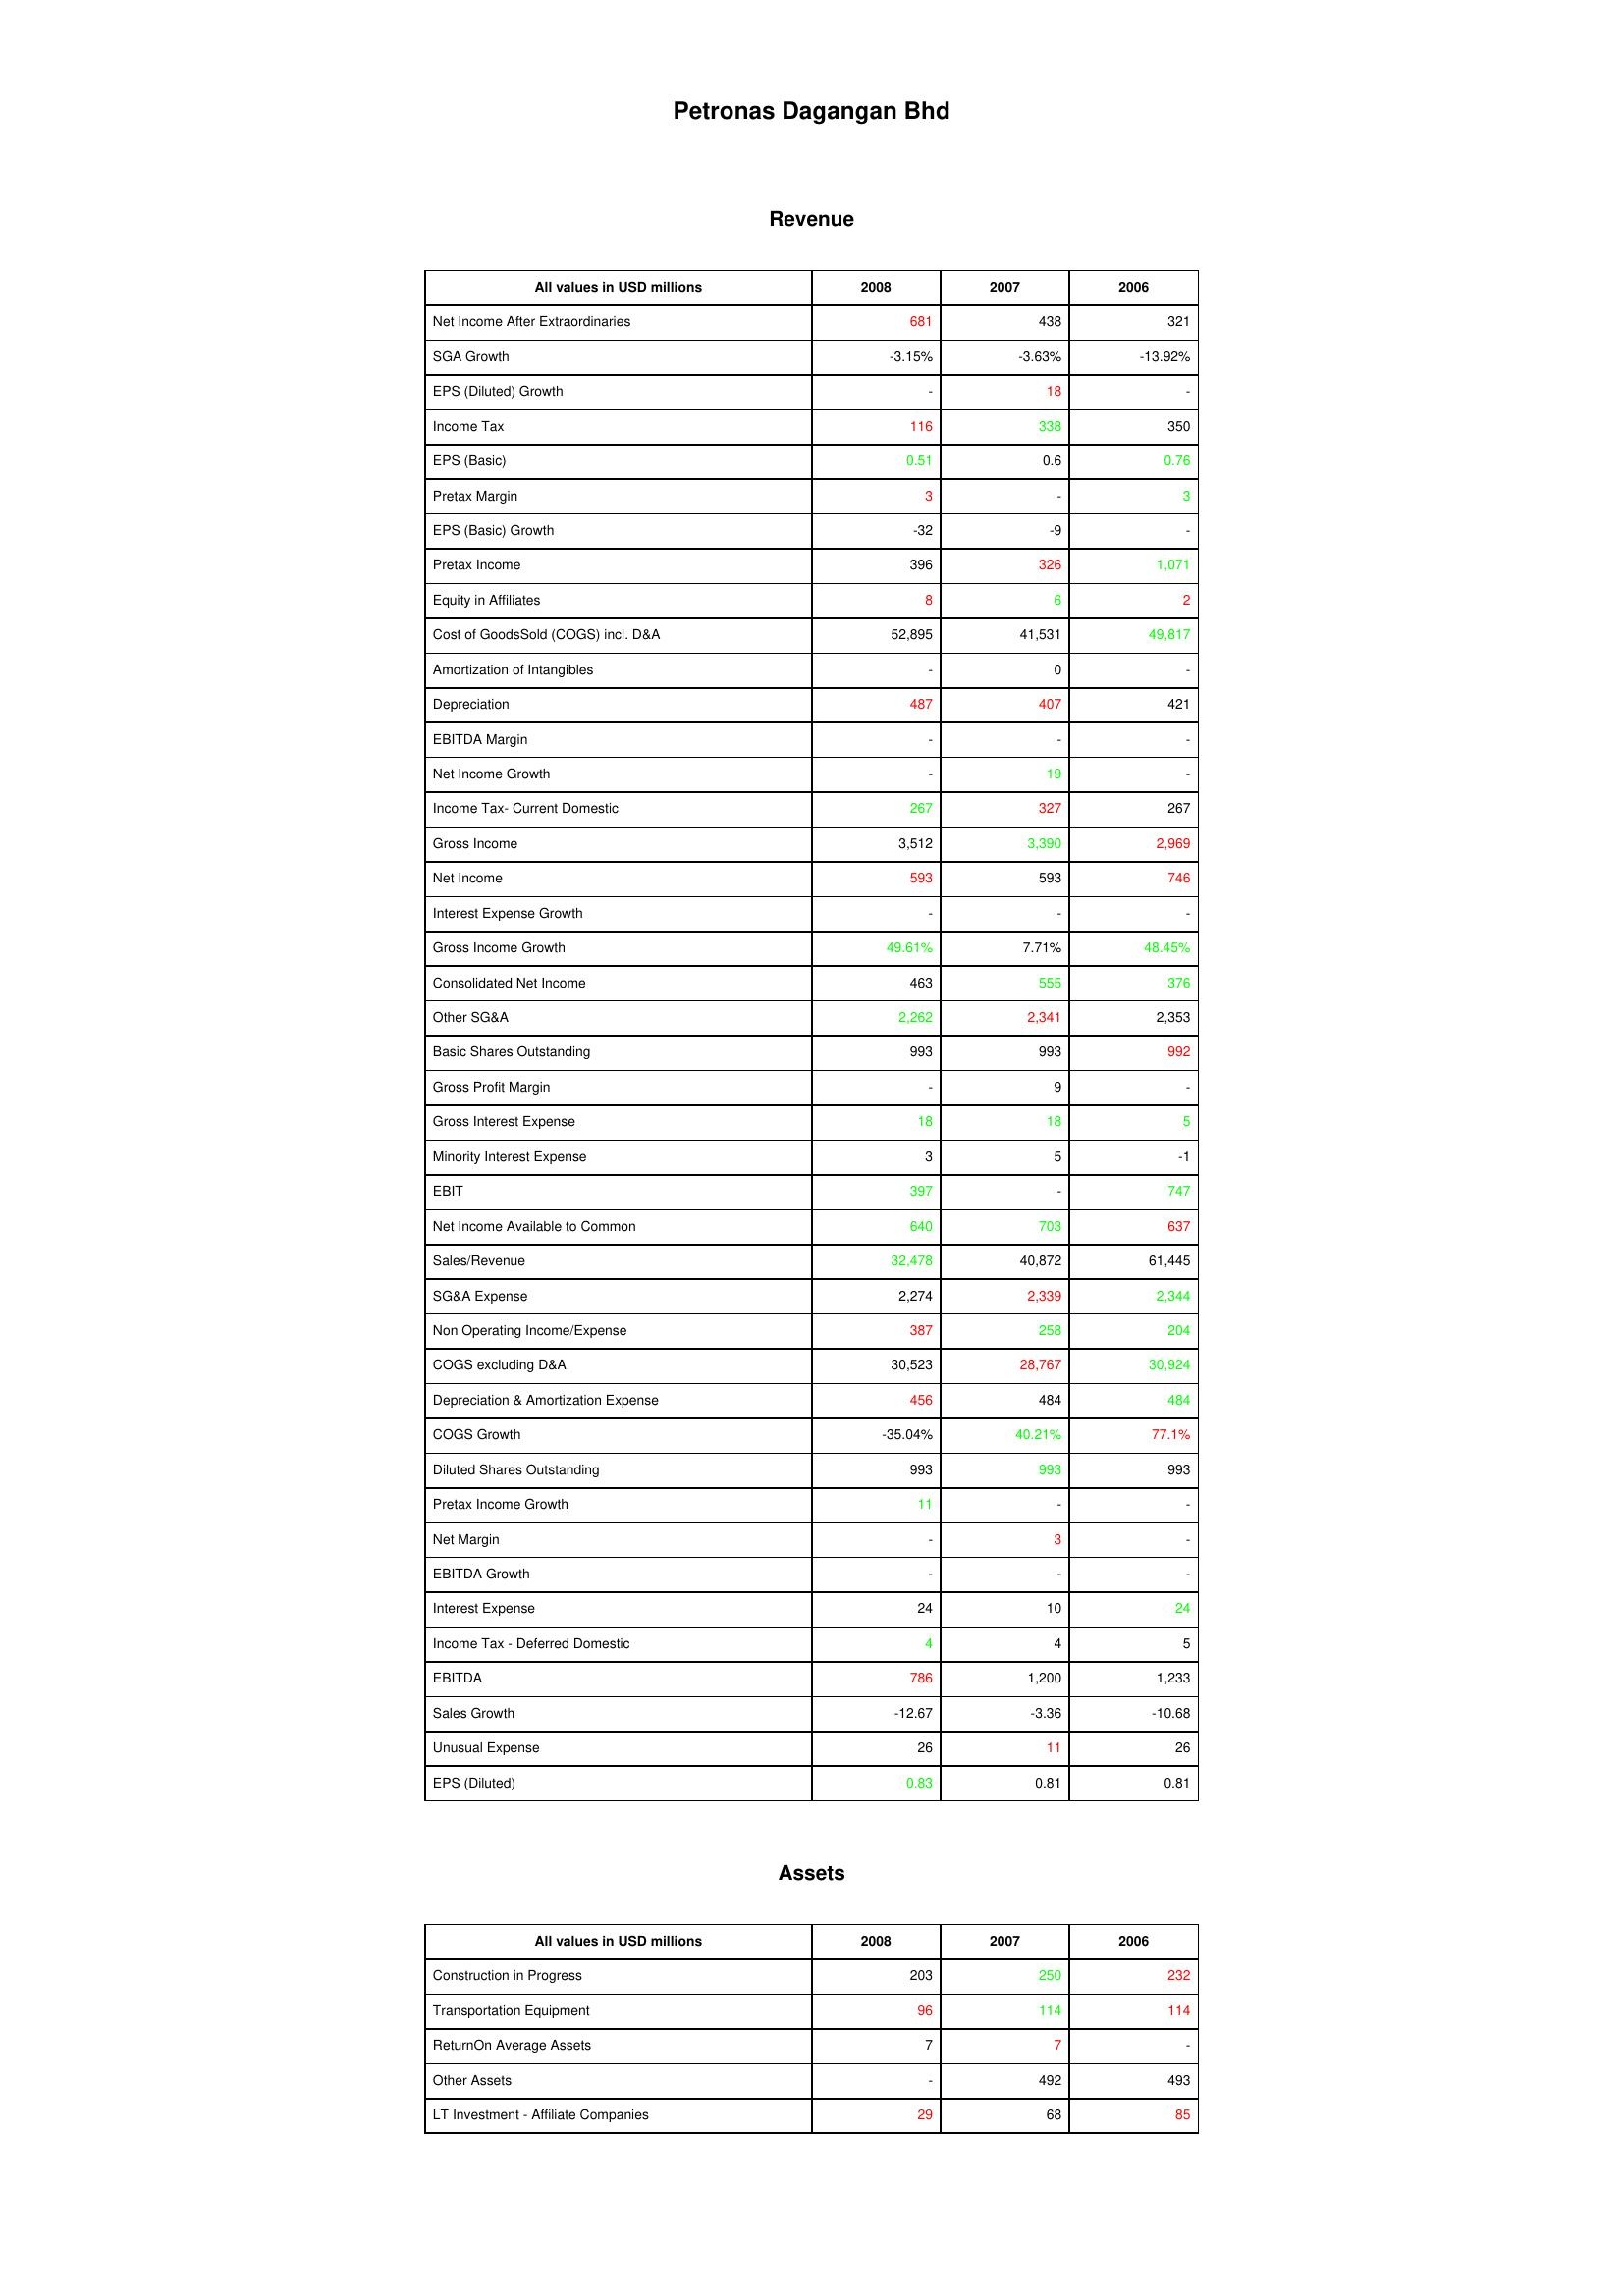
gt_parse: 2008: Revenue: Net Income After Extraordinaries: 681
SGA Growth: -3.15%
EPS (Diluted) Growth: -
Income Tax: 116
EPS (Basic): 0.51
Pretax Margin: 3
EPS (Basic) Growth: -32
Pretax Income: 396
Equity in Affiliates: 8
Cost of GoodsSold (COGS) incl. D&A: 52,895
Amortization of Intangibles: -
Depreciation: 487
EBITDA Margin: -
Net Income Growth: -
Income Tax- Current Domestic: 267
Gross Income: 3,512
Net Income: 593
Interest Expense Growth: -
Gross Income Growth: 49.61%
Consolidated Net Income: 463
Other SG&A: 2,262
Basic Shares Outstanding: 993
Gross Profit Margin: -
Gross Interest Expense: 18
Minority Interest Expense: 3
EBIT: 397
Net Income Available to Common: 640
Sales/Revenue: 32,478
SG&A Expense: 2,274
Non Operating Income/Expense: 387
COGS excluding D&A: 30,523
Depreciation & Amortization Expense: 456
COGS Growth: -35.04%
Diluted Shares Outstanding: 993
Pretax Income Growth: 11
Net Margin: -
EBITDA Growth: -
Interest Expense: 24
Income Tax - Deferred Domestic: 4
EBITDA: 786
Sales Growth: -12.67
Unusual Expense: 26
EPS (Diluted): 0.83
Assets: Construction in Progress: 203
Transportation Equipment: 96
ReturnOn Average Assets: 7
Other Assets: -
LT Investment - Affiliate Companies: 29
2007: Revenue: Net Income After Extraordinaries: 438
SGA Growth: -3.63%
EPS (Diluted) Growth: 18
Income Tax: 338
EPS (Basic): 0.6
Pretax Margin: -
EPS (Basic) Growth: -9
Pretax Income: 326
Equity in Affiliates: 6
Cost of GoodsSold (COGS) incl. D&A: 41,531
Amortization of Intangibles: 0
Depreciation: 407
EBITDA Margin: -
Net Income Growth: 19
Income Tax- Current Domestic: 327
Gross Income: 3,390
Net Income: 593
Interest Expense Growth: -
Gross Income Growth: 7.71%
Consolidated Net Income: 555
Other SG&A: 2,341
Basic Shares Outstanding: 993
Gross Profit Margin: 9
Gross Interest Expense: 18
Minority Interest Expense: 5
EBIT: -
Net Income Available to Common: 703
Sales/Revenue: 40,872
SG&A Expense: 2,339
Non Operating Income/Expense: 258
COGS excluding D&A: 28,767
Depreciation & Amortization Expense: 484
COGS Growth: 40.21%
Diluted Shares Outstanding: 993
Pretax Income Growth: -
Net Margin: 3
EBITDA Growth: -
Interest Expense: 10
Income Tax - Deferred Domestic: 4
EBITDA: 1,200
Sales Growth: -3.36
Unusual Expense: 11
EPS (Diluted): 0.81
Assets: Construction in Progress: 250
Transportation Equipment: 114
ReturnOn Average Assets: 7
Other Assets: 492
LT Investment - Affiliate Companies: 68
2006: Revenue: Net Income After Extraordinaries: 321
SGA Growth: -13.92%
EPS (Diluted) Growth: -
Income Tax: 350
EPS (Basic): 0.76
Pretax Margin: 3
EPS (Basic) Growth: -
Pretax Income: 1,071
Equity in Affiliates: 2
Cost of GoodsSold (COGS) incl. D&A: 49,817
Amortization of Intangibles: -
Depreciation: 421
EBITDA Margin: -
Net Income Growth: -
Income Tax- Current Domestic: 267
Gross Income: 2,969
Net Income: 746
Interest Expense Growth: -
Gross Income Growth: 48.45%
Consolidated Net Income: 376
Other SG&A: 2,353
Basic Shares Outstanding: 992
Gross Profit Margin: -
Gross Interest Expense: 5
Minority Interest Expense: -1
EBIT: 747
Net Income Available to Common: 637
Sales/Revenue: 61,445
SG&A Expense: 2,344
Non Operating Income/Expense: 204
COGS excluding D&A: 30,924
Depreciation & Amortization Expense: 484
COGS Growth: 77.1%
Diluted Shares Outstanding: 993
Pretax Income Growth: -
Net Margin: -
EBITDA Growth: -
Interest Expense: 24
Income Tax - Deferred Domestic: 5
EBITDA: 1,233
Sales Growth: -10.68
Unusual Expense: 26
EPS (Diluted): 0.81
Assets: Construction in Progress: 232
Transportation Equipment: 114
ReturnOn Average Assets: -
Other Assets: 493
LT Investment - Affiliate Companies: 85